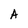
Character: A